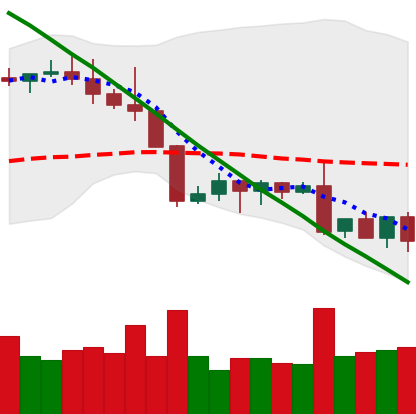
Ticker: XLM-USD
Chart end date: 2022-08-30
Forward return: 3.873%
Label: up_3_5